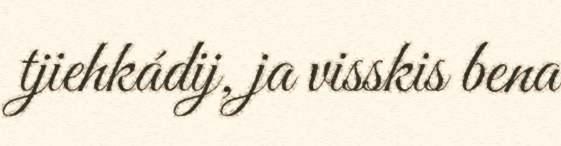
tjiehkádij, ja visskis bena